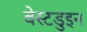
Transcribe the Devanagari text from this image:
वेस्टडुइन